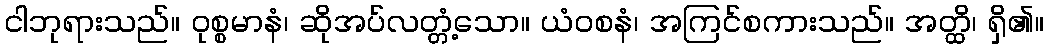
ငါဘုရားသည်။ ဝုစ္စမာနံ၊ ဆိုအပ်လတ္တံ့သော။ ယံဝစနံ၊ အကြင်စကားသည်။ အတ္ထိ၊ ရှိ၏။